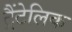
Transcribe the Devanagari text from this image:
ट्रैंटेलिक